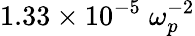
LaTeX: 1.33\times 10^{-5}\; \omega_{p}^{-2}